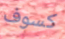
كسوف